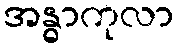
အန္ဓာကုလာ